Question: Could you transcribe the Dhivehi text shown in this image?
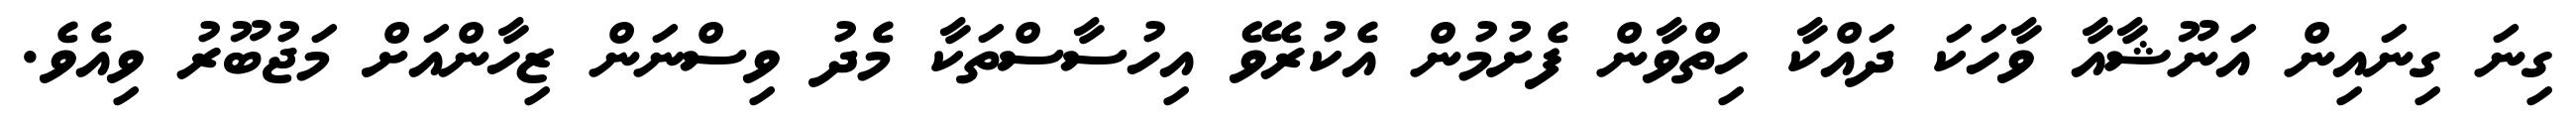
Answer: ގިނަ ގިނައިން އަނޫޝާއާ ވާހަކަ ދައްކާ ހިތްވާން ފެށުމުން އެކުރެވޭ އިހުސާސްތަކާ މެދު ވިސްނަން ޒިހާންއަށް މަޖުބޫރު ވިއެވެ.